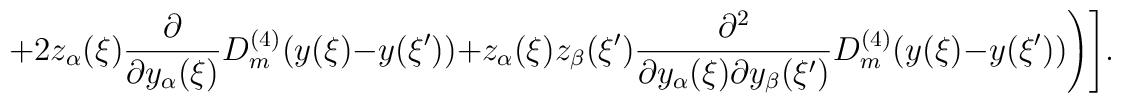
+2z_\alpha(\xi)\frac{\partial}{\partial y_\alpha(\xi)}D_m^{(4)}(y(\xi)-y(\xi'))+z_\alpha(\xi)z_\beta(\xi')\frac{\partial^2}{\partial y_\alpha(\xi)\partial y_\beta(\xi')}D_m^{(4)}(y(\xi)-y(\xi'))\Biggr)\Biggr].